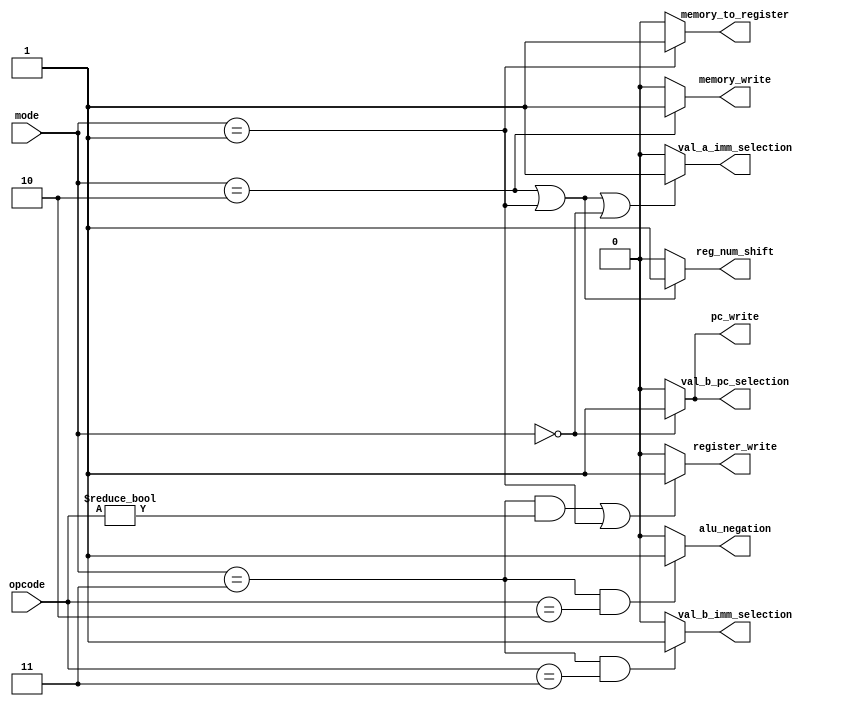
`timescale 1ns/1ps

module controller
(
    input [1:0] mode,
    input [1:0] opcode,
    output register_write,
    output memory_write,
    output pc_write,
    output memory_to_register,
    output alu_negation,
    output val_a_imm_selection,
    output val_b_pc_selection,
    output val_b_imm_selection,
    output reg_num_shift
);
    assign pc_write = (mode == 2'b00 ? 1 : 0);
    assign memory_write = (mode == 2'b10 ? 1 : 0);
    assign memory_to_register = (mode == 2'b01 ? 1 : 0);
    assign register_write = ((mode == 2'b11 && opcode != 2'b00) || mode == 2'b01 ? 1 : 0);
    assign alu_negation = (mode == 2'b11 & opcode == 2'b10 ? 1 : 0);
    assign val_a_imm_selection = (mode == 2'b10 || mode == 2'b01 || mode == 2'b00 ? 1 : 0);
    assign val_b_pc_selection = (mode == 2'b00 ? 1 : 0);
    assign val_b_imm_selection = ((mode == 2'b11 && opcode == 2'b11) ? 1 : 0);
    assign reg_num_shift = (mode == 2'b10 || mode == 2'b01 ? 1 : 0);
endmodule